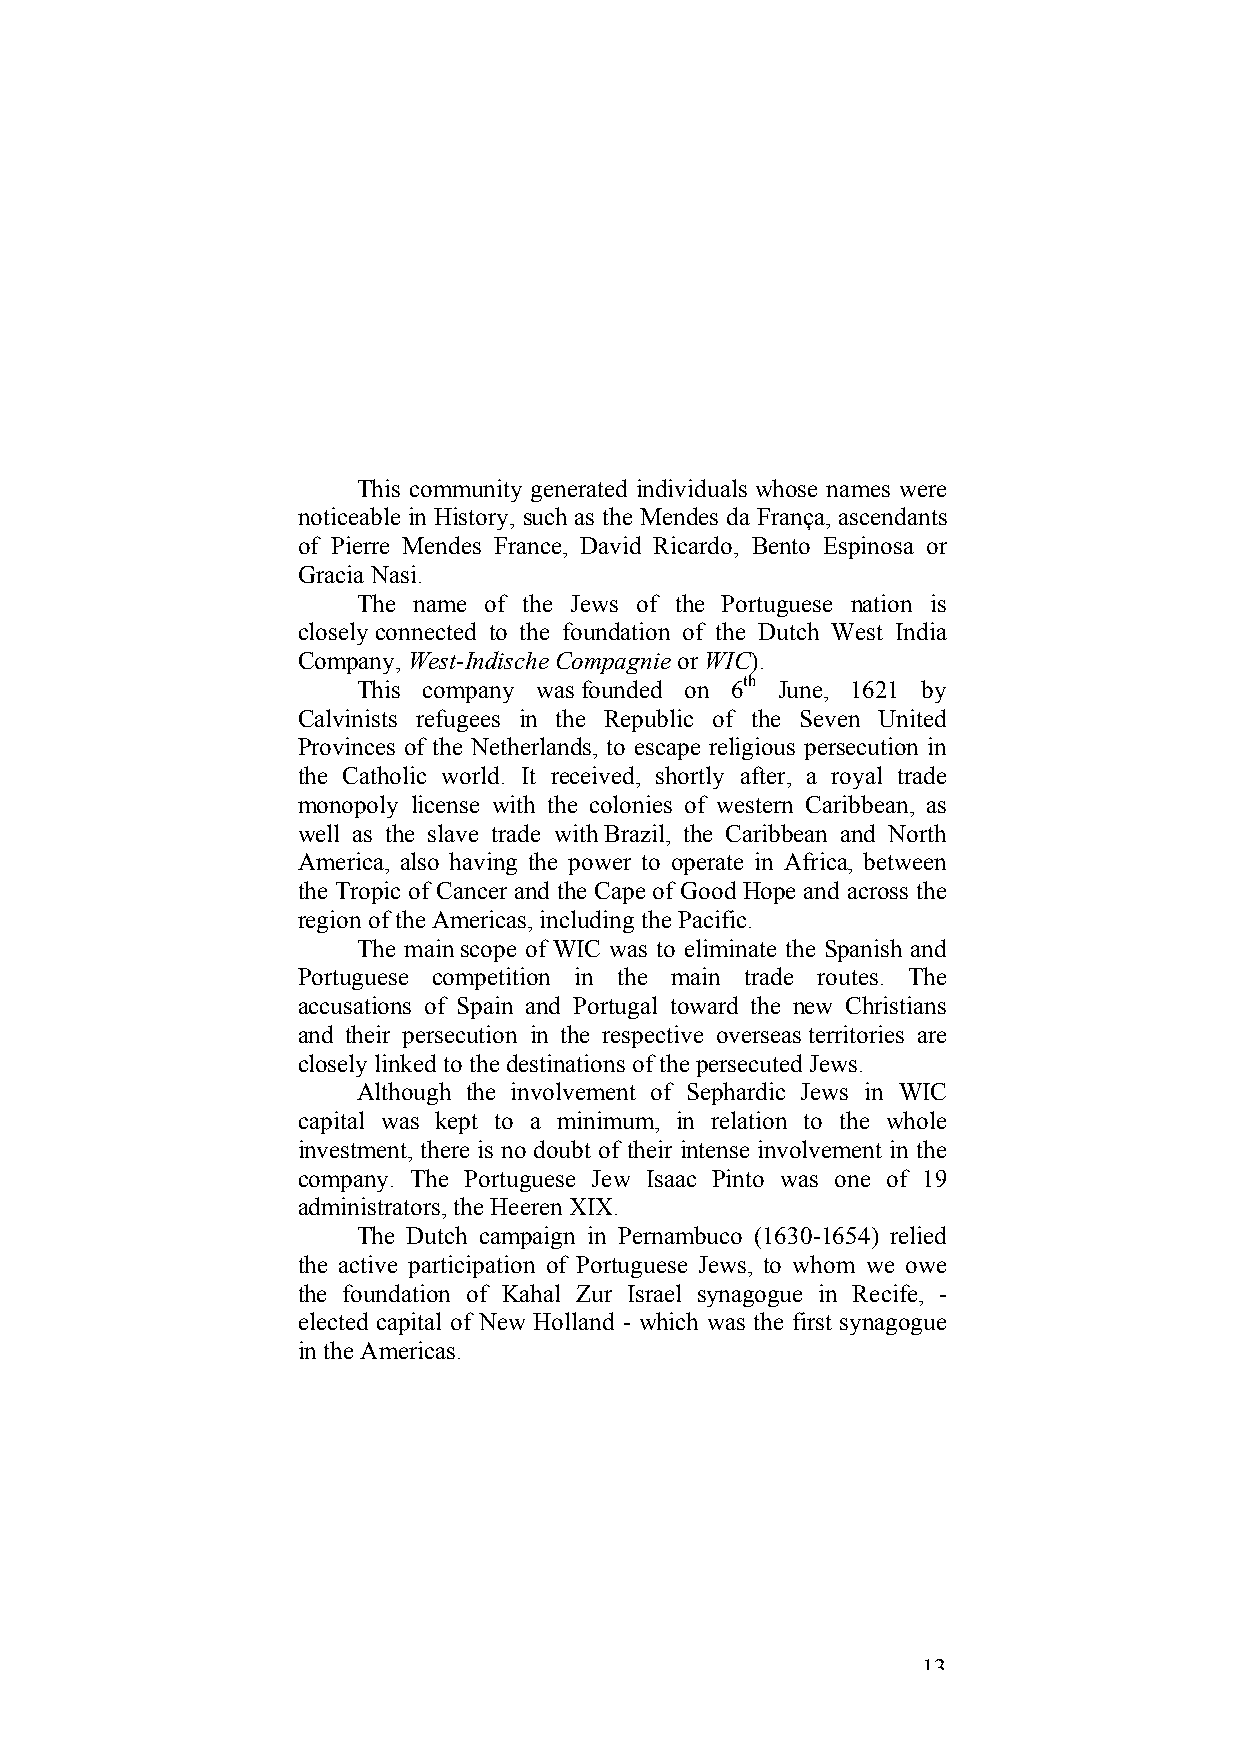
This community generated individuals whose names were
 noticeable in History, such as the Mendes da França, ascendants
 of Pierre Mendes France, David Ricardo, Bento Espinosa or
 Gracia Nasi.
 The name of the Jews of the Portuguese nation is
 closely connected to the foundation of the Dutch West India
 Company, West-Indische Compagnie or WIC).
 This company was founded on 6th June, 1621 by
 Calvinists refugees in the Republic of the Seven United
 Provinces of the Netherlands, to escape religious persecution in
 the Catholic world. It received, shortly after, a royal trade
 monopoly license with the colonies of western Caribbean, as
 well as the slave trade with Brazil, the Caribbean and North
 America, also having the power to operate in Africa, between
 the Tropic of Cancer and the Cape of Good Hope and across the
 region of the Americas, including the Pacific.
 The main scope of WIC was to eliminate the Spanish and
 Portuguese competition in the main trade routes. The
 accusations of Spain and Portugal toward the new Christians
 and their persecution in the respective overseas territories are
 closely linked to the destinations of the persecuted Jews.
 Although the involvement of Sephardic Jews in WIC
 capital was kept to a minimum, in relation to the whole
 investment, there is no doubt of their intense involvement in the
 company. The Portuguese Jew Isaac Pinto was one of 19
 administrators, the Heeren XIX.
 The Dutch campaign in Pernambuco (1630-1654) relied
 the active participation of Portuguese Jews, to whom we owe
 the foundation of Kahal Zur Israel synagogue in Recife, -
 elected capital of New Holland - which was the first synagogue
 in the Americas.
 13